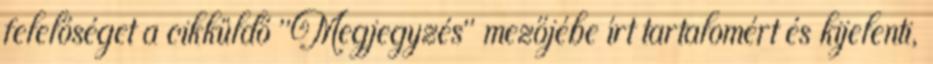
felelőséget a cikküldő "Megjegyzés" mezőjébe írt tartalomért és kijelenti,